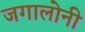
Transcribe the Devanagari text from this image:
जगालोनी